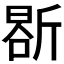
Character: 𭤤